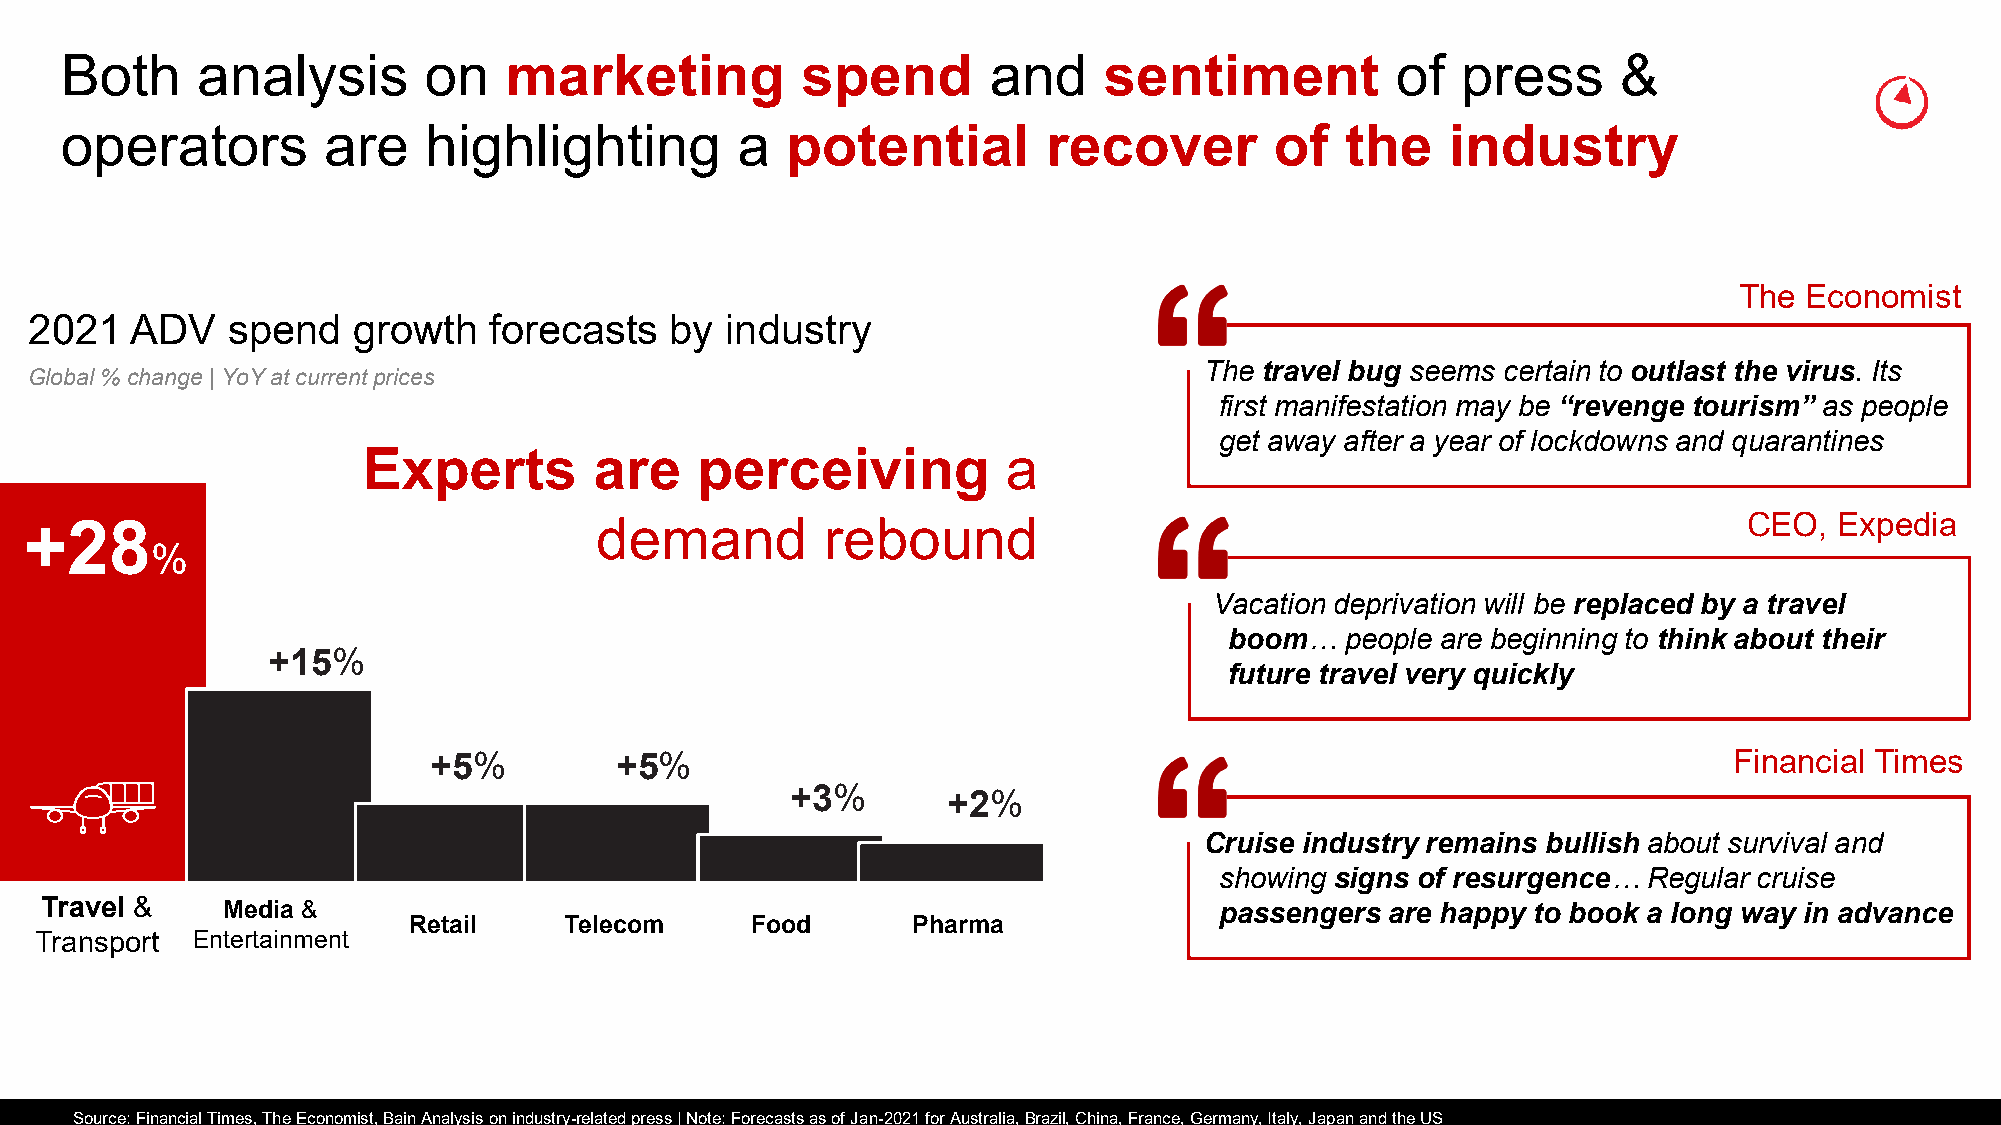
Both     analysis       on   marketing           spend        and    sentiment          of   press     &
 operators        are    highlighting         a  potential        recover        of   the    industry
 The Economist
 2021   ADV   spend   growth   forecasts   by  industry
 The travel bug seems certain to outlast the virus. Its
 Global % change | YoY at current prices
 first manifestation may be “revenge tourism” as people
 get away after a year of lockdowns and quarantines
 Experts        are    perceiving           a
 demand          rebound                                                      CEO,  Expedia
 +28
 %
 Vacation deprivation will be replaced by a travel
 boom…   people are beginning to think about their
 +15%
 future travel very quickly
 +5%          +5%                                                                       Financial Times
 +3%        +2%
 Cruise industry remains bullish about survival and
 showing signs of resurgence… Regular cruise
 Travel &    Media &                                                           passengers are happy to book a long way in advance
 Retail    Telecom      Food      Pharma
 Transport  Entertainment
 Source: Financial Times, The Economist, Bain Analysis on industry-related press | Note: Forecasts as of Jan-2021 for Australia, Brazil, China, France, Germany, Italy, Japan and the US